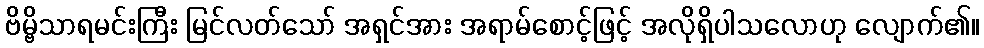
ဗိမ္ဗိသာရမင်းကြီး မြင်လတ်သော် အရှင်အား အရာမ်စောင့်ဖြင့် အလိုရှိပါသလောဟု လျောက်၏။